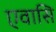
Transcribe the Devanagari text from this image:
एवासि